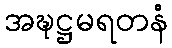
အဍ္ဎဋ္ဌမရတနံ